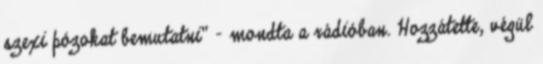
szexi pózokat bemutatni" – mondta a rádióban. Hozzátette, végül